65_HS1-834228961_62-HQ-83894_Section_4
Agency: FBI
Page 203
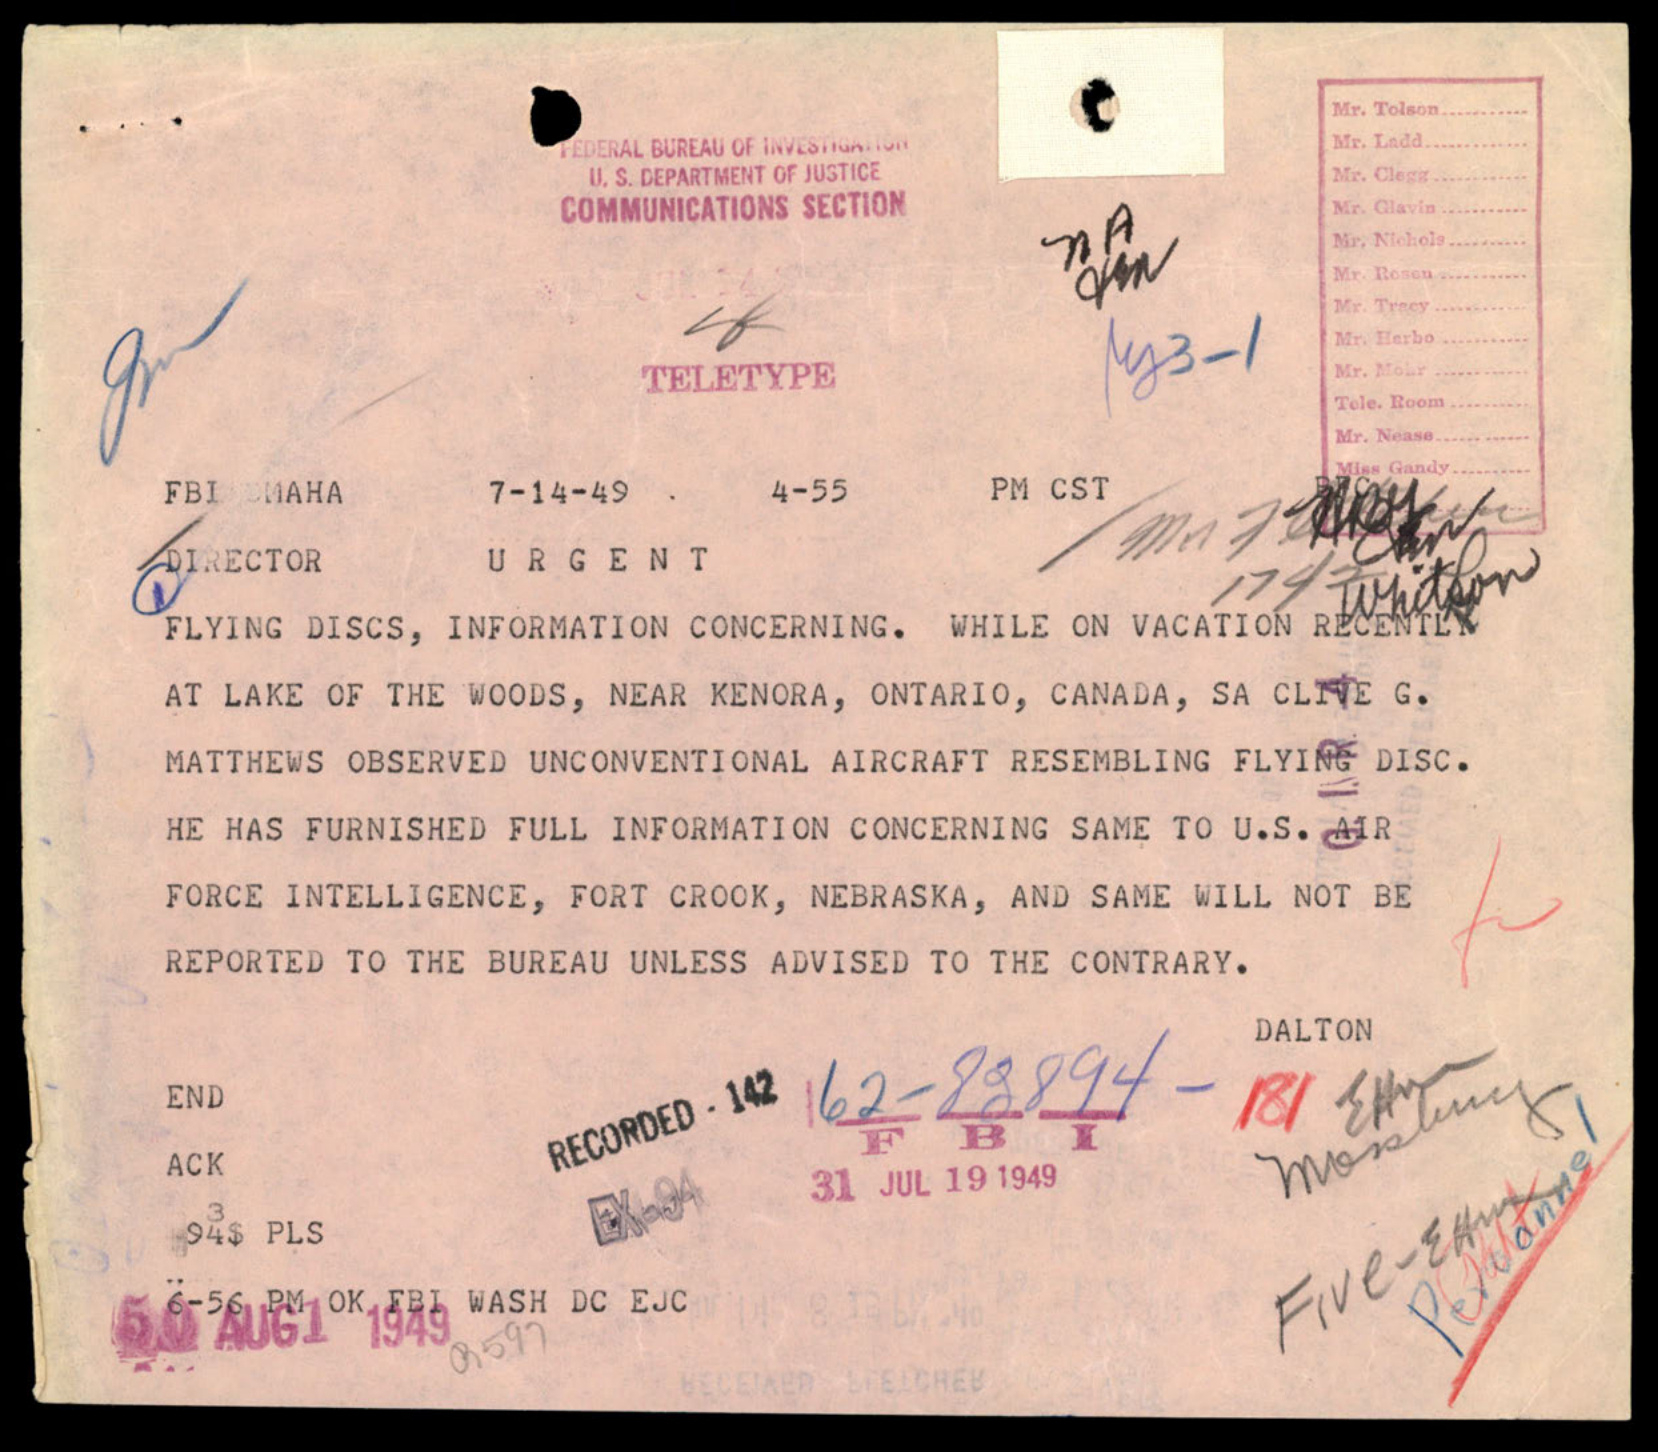